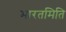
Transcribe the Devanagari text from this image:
भारतमिति